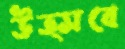
উত্সবে